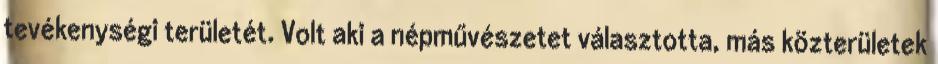
tevékenységi területét. Volt aki a népművészetet választotta, más közterületek